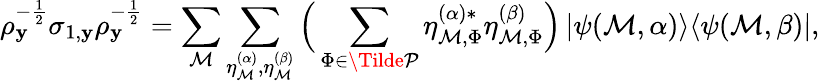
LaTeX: \rho_{\mathbf{y}}^{-\frac{{1}}{{2}}}\sigma_{1,\mathbf{y}}\rho_{\mathbf{y}}^{-\frac{{1}}{{2}}}=\sum_{\mathcal{{M}}}\sum_{\eta_{\mathcal{{M}}}^{(\alpha)},\eta_{\mathcal{{M}}}^{(\beta)}}\Big(\sum_{\Phi\in\Tilde{\mathcal{{P}}}}\eta_{\mathcal{{M}},\Phi}^{(\alpha)*}\eta_{\mathcal{{M}},\Phi}^{(\beta)}\Big)\left|\psi(\mathcal{{M}},\alpha)\middle>\middle<\psi(\mathcal{{M}},\beta)\right|,